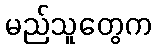
မည်သူတွေက